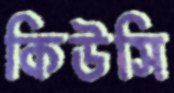
কিউসি